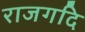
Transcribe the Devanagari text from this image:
राजगदि